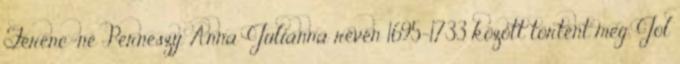
Ferenc-né Perneszy Anna-Julianna révén 1695-1733 között történt meg. Jól